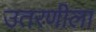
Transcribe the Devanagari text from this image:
उतरणीला